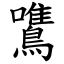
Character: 鷕